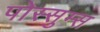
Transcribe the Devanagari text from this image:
पोस्सुम्स